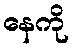
နေကို